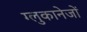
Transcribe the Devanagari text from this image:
ग्लुकानेजों